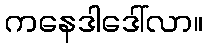
ကနေဒါဒေါ်လာ။